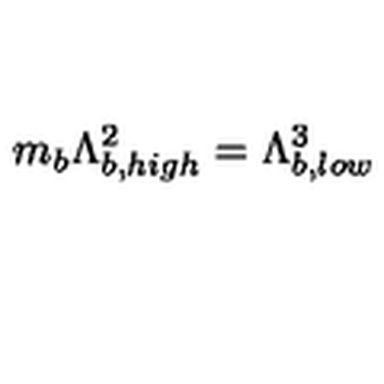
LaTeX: m _ { b } \Lambda _ { b , h i g h } ^ { 2 } = \Lambda _ { b , l o w } ^ { 3 }